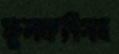
ফুলকপিসহ